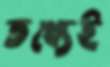
তথ্যেই